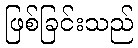
ဖြစ်ခြင်းသည်